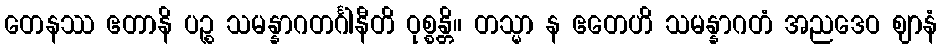
တေနဿ ဧတာနိ ပဉ္စ သမန္နာဂတင်္ဂါနီတိ ဝုစ္စန္တိ။ တသ္မာ န ဧတေဟိ သမန္နာဂတံ အညဒေဝ ဈာနံ